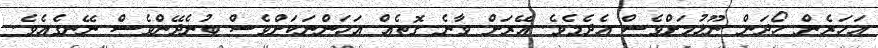
އަހަރެން ހޯދަން ނޫޅުމަށްވެސް އެދެމެވެ. އޭރަށް ވާނެ ގޮތެއް އަހަންނަކަށްވެސް ބުނެދޭންވެސް ނޭނގެއެވެ.